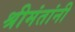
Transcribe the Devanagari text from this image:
श्रीमंतांनी